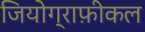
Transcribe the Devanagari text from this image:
जियोग्राफ़ीकल